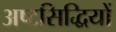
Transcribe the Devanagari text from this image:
अष्टसिद्धियों